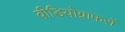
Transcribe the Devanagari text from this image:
वीडियोग्राफरों